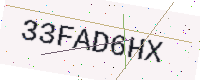
Text: 33FAD6HX